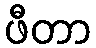
ဖီတာ